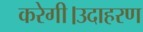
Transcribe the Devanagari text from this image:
करेगी।उदाहरण